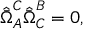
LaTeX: \hat { \bar { \Omega } } _ { A } ^ { C } \hat { \bar { \Omega } } _ { C } ^ { B } = 0 ,